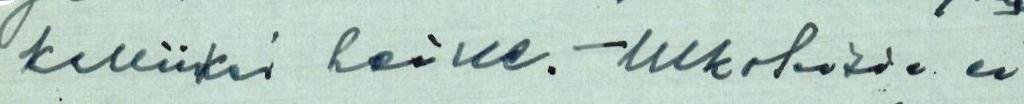
kalliiksi heille. - Ulkolaisia ei